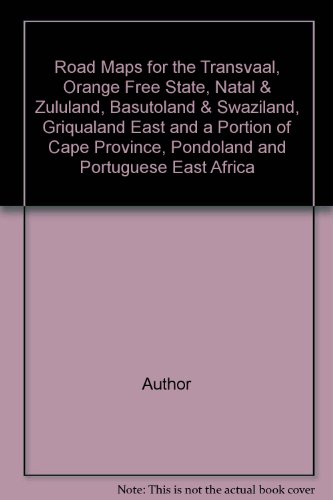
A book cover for Road Maps for the Transvaal, Orange Free State, Natal & Zululand, Basutoland & Swaziland, Griqualand East and a Portion of Cape Province, Pondoland and Portuguese East Africa; Author; Travel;